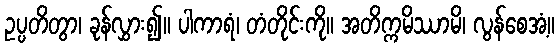
ဥပ္ပတိတွာ၊ ခုန်လွှား၍။ ပါကာရံ၊ တံတိုင်းကို။ အတိက္ကမိဿာမိ၊ လွန်စေအံ့။